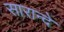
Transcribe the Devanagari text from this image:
सारान्दे